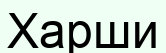
Харши